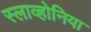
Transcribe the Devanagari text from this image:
स्लाव्होनिया